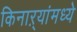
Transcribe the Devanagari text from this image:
किनाऱ्यांमध्ये